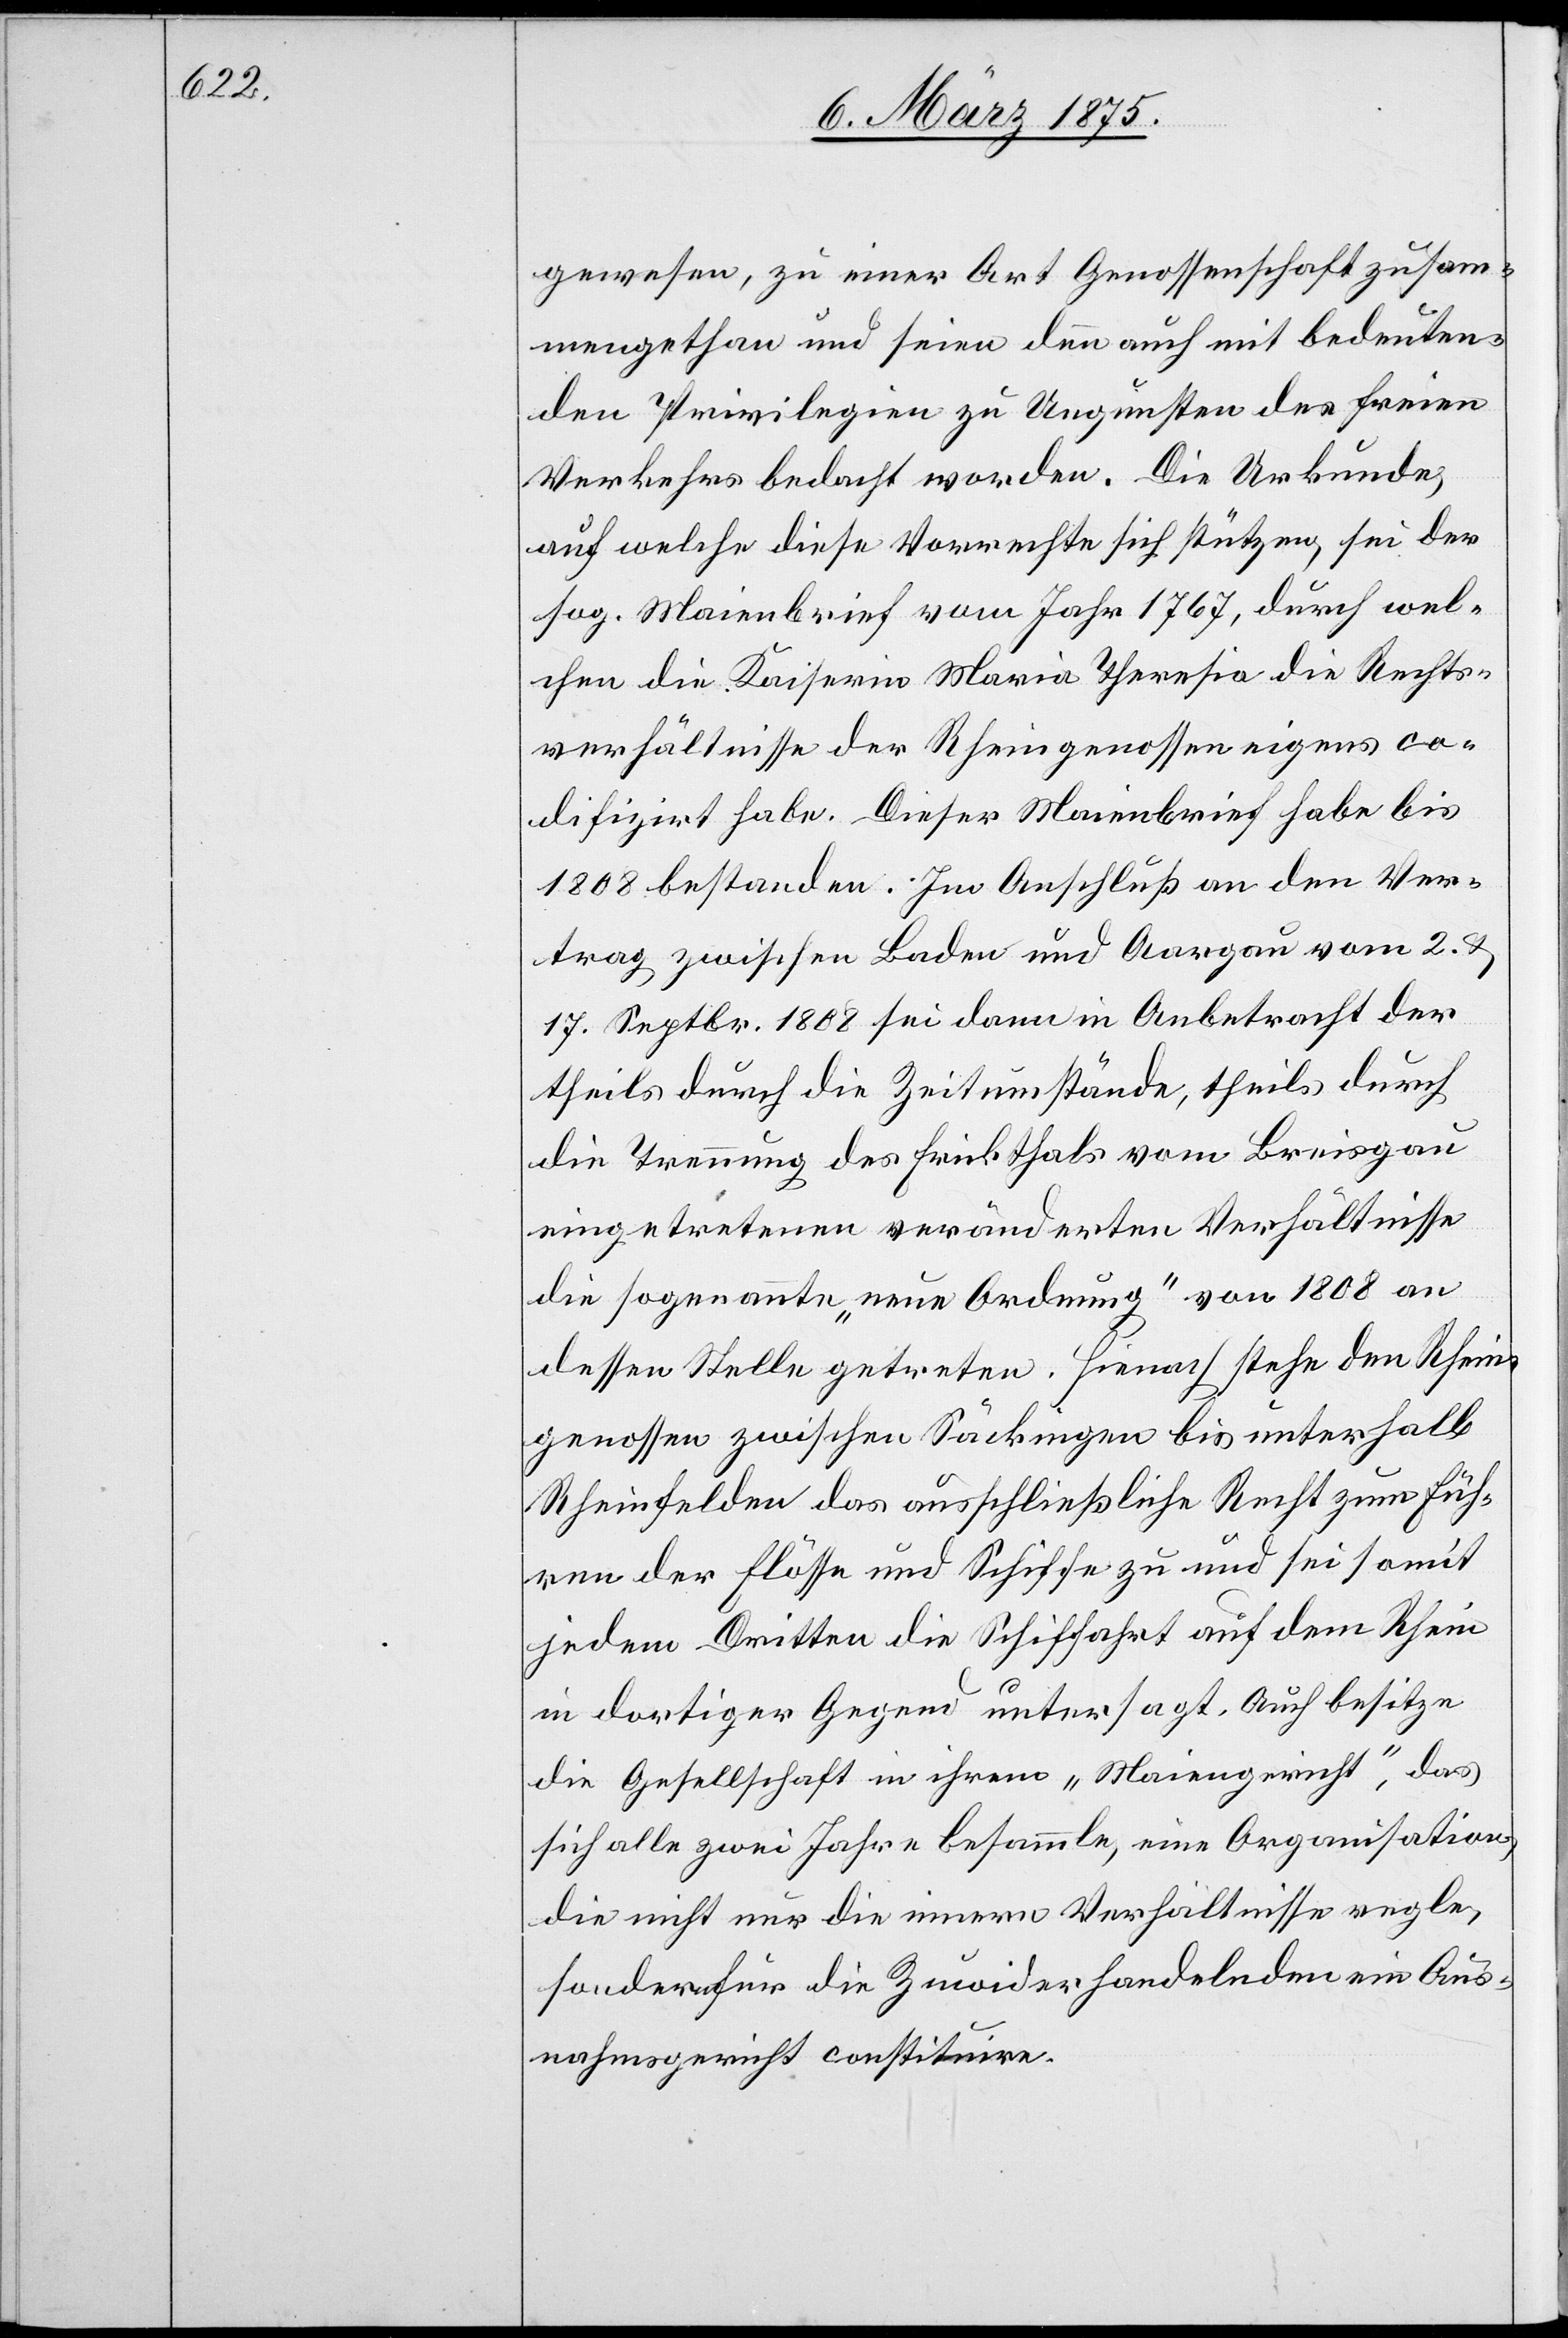
gewesen, zu einer Art Genossenschaft zusam¬
mengethan und seien denn auch mit bedeuten¬
den Privilegien zu Ungunsten des freien
Verkehrs bedacht worden. Die Urkunde,
auf welche diese Vorrechte sich stützen, sei der
sog. Maienbrief vom Jahr 1767, durch wel¬
chen die Kaiserin Maria Theresia die Rechts¬
verhältnisse der Rheingenossen eigens co¬
difizirt habe. Dieser Maienbrief habe bis
1808 bestanden. Im Anschluß an den Ver¬
trag zwischen Baden und Aargau vom 2. &
17. Septbr. 1808 sei dann in Anbetracht der
theils durch die Zeitumstände, theils durch
die Trennung des Frickthals vom Breisgau
eingetretenen veränderten Verhältnisse
die sogenannte „neue Ordnung“ von 1808 an
dessen Stelle getreten. Hienach stehe den Rhein¬
genossen zwischen Säckingen bis unterhalb
Rheinfelden das ausschließliche Recht zum Füh¬
ren der Flösse und Schiffe zu und sei somit
jedem Dritten die Schiffahrt auf dem Rhein
in dortiger Gegend untersagt. Auch besitze
die Gesellschaft in ihrem „Maiengericht“, daß
sich alle zwei Jahre besammle, eine Organisation
die nicht nur die inneren Verhältnisse regle,
sondern für die Zuwiderhandelnden ein Aus¬
nahmsgericht constituire.